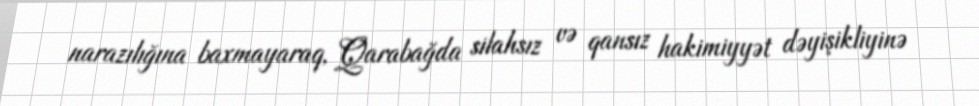
narazılığına baxmayaraq, Qarabağda silahsız və qansız hakimiyyət dəyişikliyinə